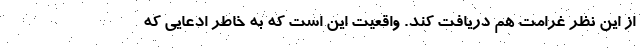
از این نظر غرامت هم دریافت کند. واقعیت این است که به خاطر ادعایی که